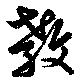
教